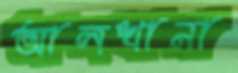
আলখানা